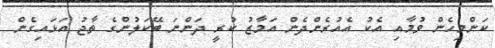
ކަންމިހެން ވުމާއި އެކު އެއުރެންދެން އަމާޒު ކުރީ ދަންނަ ބޭކަލުންގެ ތާޖު އަޅައިގެން